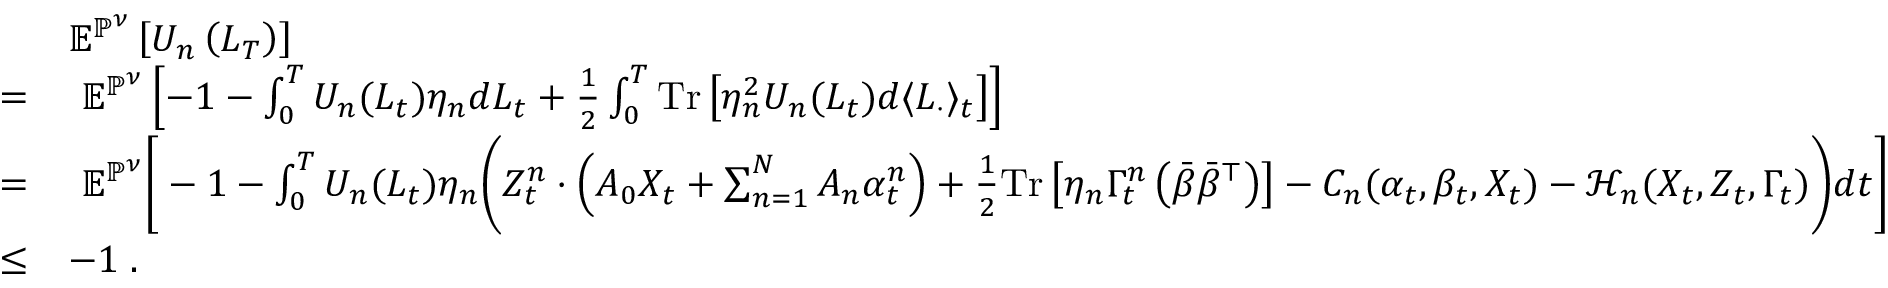
\begin{array} { r l } & { \mathbb { E } ^ { \mathbb { P } ^ { \nu } } \left[ U _ { n } \left( L _ { T } \right) \right] } \\ { = } & { ~ \mathbb { E } ^ { \mathbb { P } ^ { \nu } } \left[ - 1 - \int _ { 0 } ^ { T } U _ { n } ( L _ { t } ) \eta _ { n } d L _ { t } + \frac 1 2 \int _ { 0 } ^ { T } \mathrm { T r } \left[ \eta _ { n } ^ { 2 } U _ { n } ( L _ { t } ) d \langle L _ { \cdot } \rangle _ { t } \right] \right] } \\ { = } & { ~ \mathbb { E } ^ { \mathbb { P } ^ { \nu } } \Bigg [ - 1 - \int _ { 0 } ^ { T } U _ { n } ( L _ { t } ) \eta _ { n } \Bigg ( Z _ { t } ^ { n } \cdot \left( A _ { 0 } X _ { t } + \sum _ { n = 1 } ^ { N } A _ { n } \alpha _ { t } ^ { n } \right) + \frac 1 2 \mathrm { T r } \left[ \eta _ { n } \Gamma _ { t } ^ { n } \left( \bar { \beta } \bar { \beta } ^ { \top } \right) \right] - C _ { n } ( \alpha _ { t } , \beta _ { t } , X _ { t } ) - \mathcal { H } _ { n } ( X _ { t } , Z _ { t } , \Gamma _ { t } ) \Bigg ) d t \Bigg ] } \\ { \leq } & { - 1 \; . } \end{array}